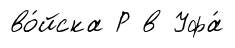
во́йска Р в Уфа́